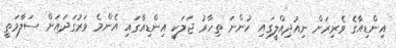
އިންޑިއާގެ ވެރިރަށް ނިއުދިއްލީގައި ހުންނަ ތިހާރު ޖަލަކީ އިންޑިއާގައި އެންމެ ވަރުގަދައަށް ސަލާމަތީ